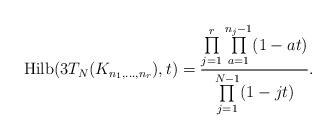
LaTeX: \begin{gather*}{\rm Hilb}(3T_N(K_{n_1,\ldots,n_r}),t) = \frac{\prod\limits_{j=1}^{r} \prod\limits_{a=1}^{n_{j}-1} (1-a t)}{\prod\limits_{j=1}^{N-1}(1- jt)}.\end{gather*}